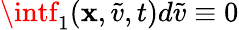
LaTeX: \intf_{1}(\mathbf{x},\tilde{{v}},t)d\tilde{{v}}\equiv0